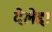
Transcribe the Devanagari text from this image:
देलेद्दा